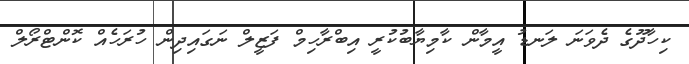
ކިހާދޫގެ ދެވަނަ ލަނޑު އީމާން ކާމިޔާބުކުރީ އިބްރާހިމް ފަޒީލް ނަގައިދިން ހުރަހެއް ކޮންޓްރޯލް